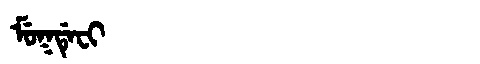
Manchu: ᠮᡠᡴᡩᡝᠸᡳ
Romanization: MUKDEFI